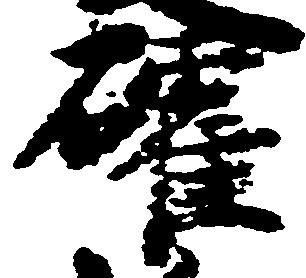
確